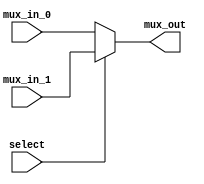
// Ryan Pencak
// MUX.v

/* MUX_2_1_32bit module: 32 bit multiplexor function from 2 inputs to 1 output */
module Mux_2_1_32bit(input select, input [31:0] mux_in_0, input [31:0] mux_in_1, output reg [31:0] mux_out);

always @(*)
begin
  if (select == 0)
    mux_out = mux_in_0;
  else
    mux_out = mux_in_1;
end

endmodule

/* MUX_2_1_5bit module: 5 bit multiplexor function for register inputs */
module Mux_2_1_5bit(input select, input [4:0] mux_in_0, input [4:0] mux_in_1, output reg [4:0] mux_out);

always @(*)
begin
  if (select == 0)
    mux_out = mux_in_0;
  else
    mux_out = mux_in_1;
end

endmodule

/* MUX_3_1_32bit module: 32 bit 3 to 1 multiplexor */
module Mux_3_1_32bit(input [1:0] select, input [31:0] mux_in_0, input [31:0] mux_in_1, input [31:0] mux_in_2, output reg [31:0] mux_out);

always @(*)
begin
  if (select == 2'b00)
    mux_out = mux_in_0;
  else if (select == 2'b01)
    mux_out = mux_in_1;
  else
    mux_out = mux_in_2;
end

endmodule